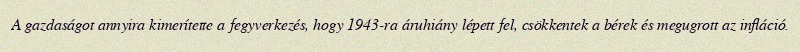
A gazdaságot annyira kimerítette a fegyverkezés, hogy 1943-ra áruhiány lépett fel, csökkentek a bérek és megugrott az infláció.